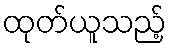
ထုတ်ယူသည့်